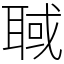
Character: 聝